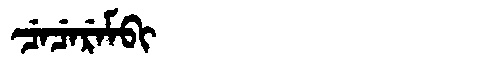
Manchu: ᠴᡝᠴᡝᡵᡝᠮᠪᡳ
Romanization: CECEREMBI